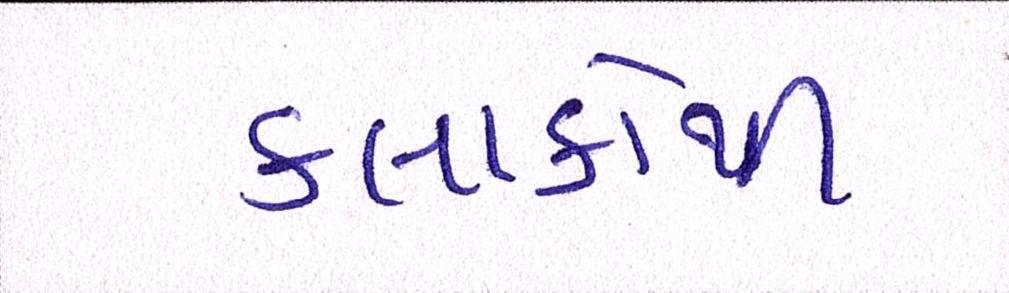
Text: કલાકોથી